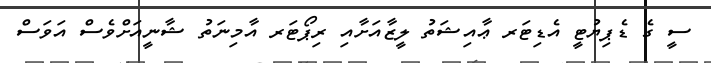
ސީ ގެ ޑެޕިޔުޓީ އެޑިޓަރ ޢާއިޝަތު ލީޒާއަށާއި ރިޕޯޓަރ އާމިނަތު ޝާނީއަށްވެސް އަވަސް